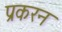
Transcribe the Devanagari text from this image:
प्रकरन